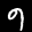
Digit: 9